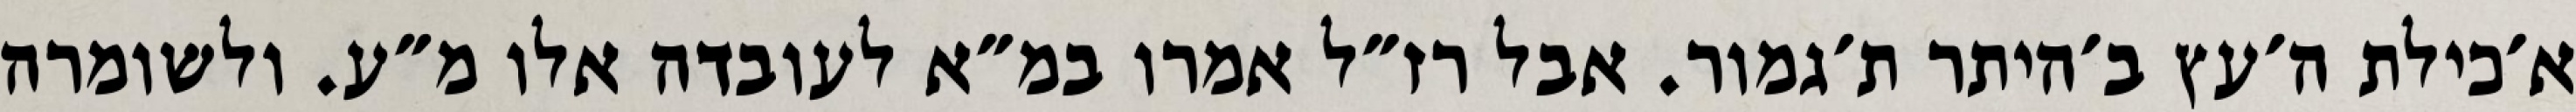
א׳כילת ה׳עץ ב׳היתר ת׳גמור. אבל רז״ל אמרו במ״א לעובדה אלו מ״ע. ולשומרה